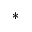
^ \ast